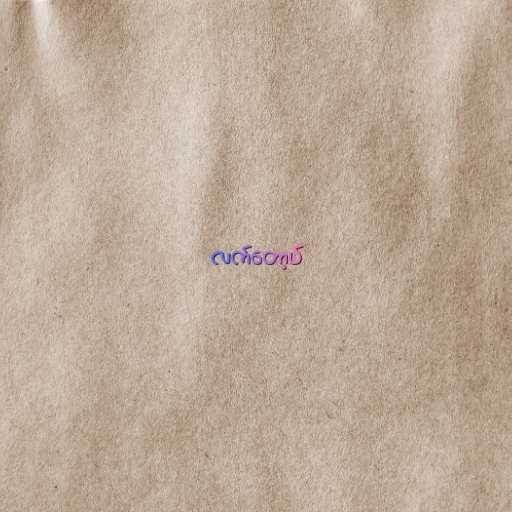
လက်တော့ပ်